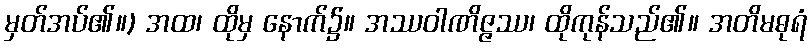
မှတ်အပ်၏။) အထ၊ ထိုမှ နောက်၌။ အဿဝါဏိဇ္ဇဿ၊ ထိုကုန်သည်၏။ အတိမဓုရံ